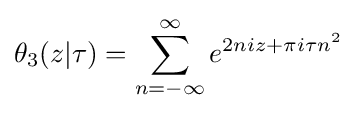
\theta _{3}(z|\tau )=\displaystyle \sum _{n=-\infty }^{\infty }e^{2niz+\pi i\tau n^{2}}